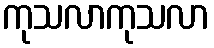
ကုသလာကုသလာ